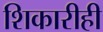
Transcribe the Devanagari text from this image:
शिकारीही